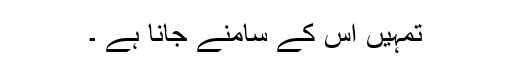
تمہیں اس کے سامنے جانا ہے ۔